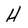
Character: H